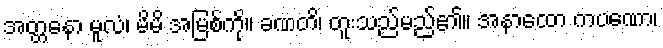
အတ္တနော မူလံ၊ မိမိ အမြစ်ကို။ ခဏတိ၊ တူးသည်မည်၏။ အနာထော ကပဏော၊